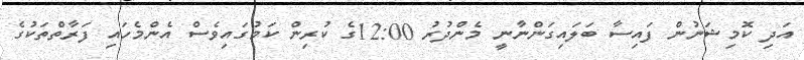
އަދި ކޮމިޝަނުން ފައިސާ ބަލައިގަންނާނީ މެންދުރު 12:00ގެ ކުރިން ކަމުގައިވެސް އެންމެހައި ފަރާތްތަކުގެ